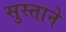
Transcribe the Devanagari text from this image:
सुस्ताने